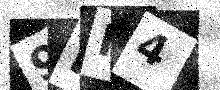
Text: 9IM4